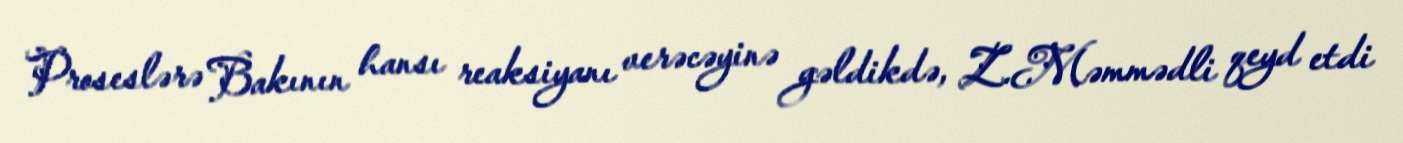
Proseslərə Bakının hansı reaksiyanı verəcəyinə gəldikdə, Z.Məmmədli qeyd etdi